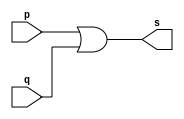
// ------------------------- 
// Exemplo0004 - OR 
// Nome: Joo Henrique Mendes de Oliveira 
// -------------------------

// ------------------------- 
// -- or gate 
// ------------------------- 
 module orgate ( output s, input p, q); 
	assign s = p | q; 
 endmodule // orgate
 
// --------------------- 
// -- test or gate 
// --------------------- 
 module testorgate; 
// ------------------------- dados locais 
	reg a, b; // definir registradores 
	wire s; // definir conexao (fio) 
// ------------------------- instancia 
	orgate OR1 (s, a, b); 
// ------------------------- preparacao 
	initial begin:start 
			// atribuicao simultanea 
			// dos valores iniciais 
		a = 0; b = 0; 
 end
  
// ------------------------- parte principal 
	initial begin 
		$display("Exemplo0004 - Joo Henrique Mendes de Oliveira - 392734"); 
		$display("Test OR gate"); 
		$display("\na & b = s\n"); 
		a = 0; b = 0; 
	#1 $display("%b & %b = %b", a, b, s); 
		a = 0; b = 1; 
	#1 $display("%b & %b = %b", a, b, s); 
		a = 1; b = 0; 
	#1 $display("%b & %b = %b", a, b, s); 
		a = 1; b = 1; 
	#1 $display("%b & %b = %b", a, b, s); 
	end 
	
 endmodule // testorgate